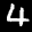
Label: 4